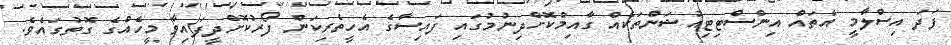
ފަދަ އިސްލާމީ އެތައް އިންސްޓިޓިއުޝަންތަކެއް ގާއިމްކޮށްދިނުމުގައި ފައިސާގެ އެހީތެރިކަން ފޯރުކޮށްދީފައިވާ މީހެއްގެ ގޮތުގައެވެ.